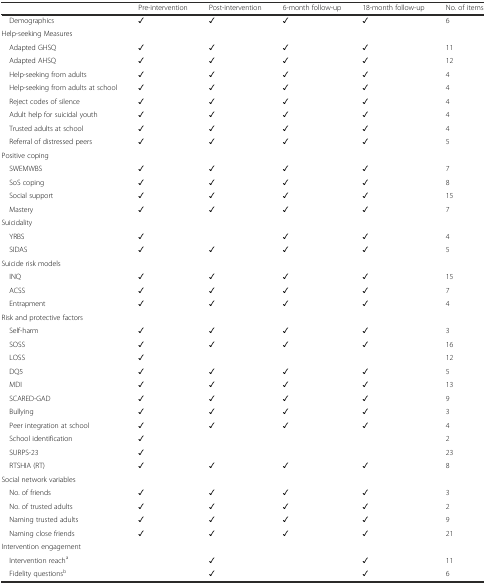
<table><thead><tr><td></td><td><b>Pre-intervention</b></td><td><b>Post-intervention</b></td><td><b>6-month follow-up</b></td><td><b>18-month follow-up</b></td><td><b>No. of items</b></td></tr></thead><tbody><tr><td> Demographics</td><td>✓</td><td>✓</td><td>✓</td><td>✓</td><td>6</td></tr><tr><td colspan="6">Help-seeking Measures</td></tr><tr><td> Adapted GHSQ</td><td>✓</td><td>✓</td><td>✓</td><td>✓</td><td>11</td></tr><tr><td> Adapted AHSQ</td><td>✓</td><td>✓</td><td>✓</td><td>✓</td><td>12</td></tr><tr><td> Help-seeking from adults</td><td>✓</td><td>✓</td><td>✓</td><td>✓</td><td>4</td></tr><tr><td> Help-seeking from adults at school</td><td>✓</td><td>✓</td><td>✓</td><td>✓</td><td>4</td></tr><tr><td> Reject codes of silence</td><td>✓</td><td>✓</td><td>✓</td><td>✓</td><td>4</td></tr><tr><td> Adult help for suicidal youth</td><td>✓</td><td>✓</td><td>✓</td><td>✓</td><td>4</td></tr><tr><td> Trusted adults at school</td><td>✓</td><td>✓</td><td>✓</td><td>✓</td><td>4</td></tr><tr><td> Referral of distressed peers</td><td>✓</td><td>✓</td><td>✓</td><td>✓</td><td>5</td></tr><tr><td colspan="6">Positive coping</td></tr><tr><td> SWEMWBS</td><td>✓</td><td>✓</td><td>✓</td><td>✓</td><td>7</td></tr><tr><td> SoS coping</td><td>✓</td><td>✓</td><td>✓</td><td>✓</td><td>8</td></tr><tr><td> Social support</td><td>✓</td><td>✓</td><td>✓</td><td>✓</td><td>15</td></tr><tr><td> Mastery</td><td>✓</td><td>✓</td><td>✓</td><td>✓</td><td>7</td></tr><tr><td colspan="6">Suicidality</td></tr><tr><td> YRBS</td><td>✓</td><td></td><td>✓</td><td>✓</td><td>4</td></tr><tr><td> SIDAS</td><td>✓</td><td>✓</td><td>✓</td><td>✓</td><td>5</td></tr><tr><td colspan="6">Suicide risk models</td></tr><tr><td> INQ</td><td>✓</td><td>✓</td><td>✓</td><td>✓</td><td>15</td></tr><tr><td> ACSS</td><td>✓</td><td>✓</td><td>✓</td><td>✓</td><td>7</td></tr><tr><td> Entrapment</td><td>✓</td><td>✓</td><td>✓</td><td>✓</td><td>4</td></tr><tr><td colspan="6">Risk and protective factors</td></tr><tr><td> Self-harm</td><td>✓</td><td>✓</td><td>✓</td><td>✓</td><td>3</td></tr><tr><td> SOSS</td><td>✓</td><td>✓</td><td>✓</td><td>✓</td><td>16</td></tr><tr><td> LOSS</td><td>✓</td><td></td><td></td><td></td><td>12</td></tr><tr><td> DQ5</td><td>✓</td><td>✓</td><td>✓</td><td>✓</td><td>5</td></tr><tr><td> MDI</td><td>✓</td><td>✓</td><td>✓</td><td>✓</td><td>13</td></tr><tr><td> SCARED-GAD</td><td>✓</td><td>✓</td><td>✓</td><td>✓</td><td>9</td></tr><tr><td> Bullying</td><td>✓</td><td>✓</td><td>✓</td><td>✓</td><td>3</td></tr><tr><td> Peer integration at school</td><td>✓</td><td>✓</td><td>✓</td><td>✓</td><td>4</td></tr><tr><td> School identification</td><td>✓</td><td></td><td></td><td></td><td>2</td></tr><tr><td> SURPS-23</td><td>✓</td><td></td><td></td><td></td><td>23</td></tr><tr><td> RTSHIA (RT)</td><td>✓</td><td>✓</td><td>✓</td><td>✓</td><td>8</td></tr><tr><td colspan="6">Social network variables</td></tr><tr><td> No. of friends</td><td>✓</td><td>✓</td><td>✓</td><td>✓</td><td>3</td></tr><tr><td> No. of trusted adults</td><td>✓</td><td>✓</td><td>✓</td><td>✓</td><td>2</td></tr><tr><td> Naming trusted adults</td><td>✓</td><td>✓</td><td>✓</td><td>✓</td><td>9</td></tr><tr><td> Naming close friends</td><td>✓</td><td>✓</td><td>✓</td><td>✓</td><td>21</td></tr><tr><td colspan="6">Intervention engagement</td></tr><tr><td> Intervention reach<sup>a</sup></td><td></td><td>✓</td><td></td><td>✓</td><td>11</td></tr><tr><td> Fidelity questions<sup>b</sup></td><td></td><td>✓</td><td></td><td>✓</td><td>6</td></tr></tbody></table>